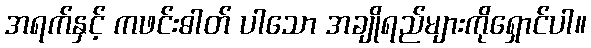
အရက်နှင့် ကဖင်းဓါတ် ပါသော အချိုရည်များကိုရှောင်ပါ။